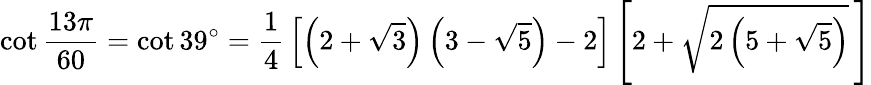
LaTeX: \cot{\frac{13\pi}{60}}=\cot 39^{\circ}={\frac{1}{4}}\left[\left(2+{\sqrt{3}}\right)\left(3-{\sqrt{5}}\right)-2\right]\left[2+{\sqrt{2\left(5+{\sqrt{5}}\right)}}\, \right]